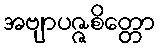
အဗျာပဇ္ဇစိတ္တော